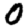
Digit: 0